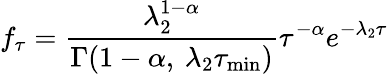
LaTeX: f_{\tau}=\frac{\lambda_{2}^{1-\alpha}}{\Gamma(1-\alpha,\: \lambda_{2}\tau_{\mathrm{min}})}\tau^{-\alpha}e^{-\lambda_{2}\tau}